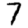
Digit: 7